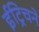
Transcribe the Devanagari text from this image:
ईट्रिचने